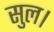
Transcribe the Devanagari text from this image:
सुल।